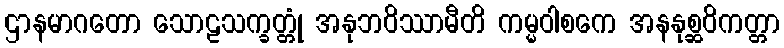
ဌာနမာဂတော သောဠသက္ခတ္တုံ အနုဘဝိဿာမီတိ ကမ္မဝါစကေ အနနုစ္ဆဝိကတ္တာ